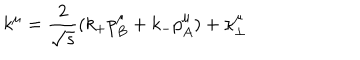
k ^ { \mu } = { \frac { 2 } { \sqrt s } } ( k _ { + } p _ { B } ^ { \mu } + k _ { - } p _ { A } ^ { \mu } ) + \kappa _ { \perp } ^ { \mu }